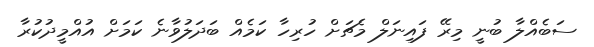
ސަބެއްލާ ބުނީ މިރޭ ފައިނަލް މެޗަށް ހުރިހާ ކަމެއް ބަދަލުވާނެ ކަމަށް އުއްމީދުކުރާ